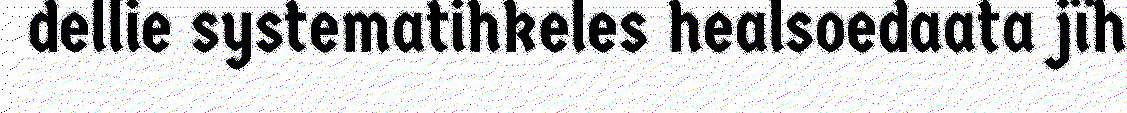
dellie systematihkeles healsoedaata jïh